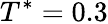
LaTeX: T^{*}=0.3